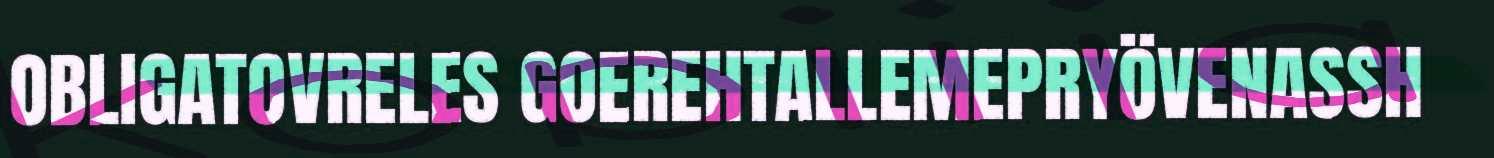
OBLIGATOVRELES GOEREHTALLEMEPRYÖVENASSH